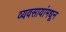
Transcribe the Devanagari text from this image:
व्यवसायांमधून